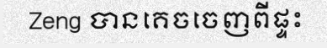
Zeng បានគេចចេញពីផ្ទះ